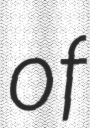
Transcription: of